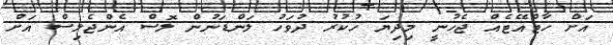
އަށް ހާޓްއޭޓެއް ޖެހުނީ މިދިޔަ ހުކުރު ދުވަހު ލަންޑަނުން ލޮސް އެންޖެލިސް އަށް